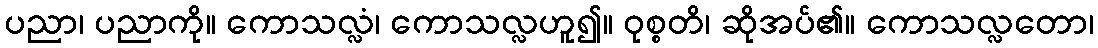
ပညာ၊ ပညာကို။ ကောသလ္လံ၊ ကောသလ္လဟူ၍။ ဝုစ္စတိ၊ ဆိုအပ်၏။ ကောသလ္လတော၊